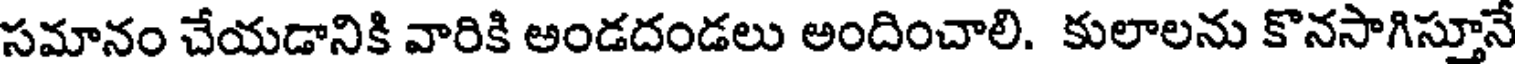
సమానం చేయడానికి వారికి అండదండలు అందించాలి. కులాలను కొనసాగిస్తూనే